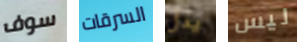
سوف السرقات يدل ليس